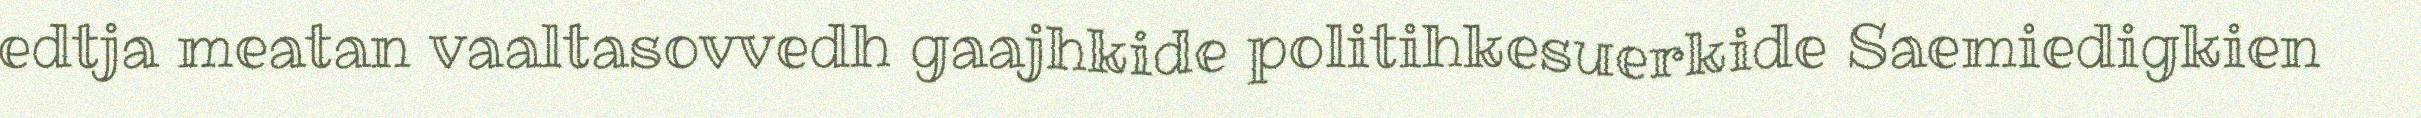
edtja meatan vaaltasovvedh gaajhkide politihkesuerkide Saemiedigkien